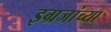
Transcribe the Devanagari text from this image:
इग्रजांच्या